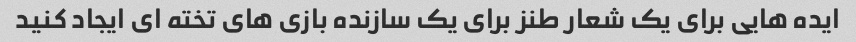
ایده هایی برای یک شعار طنز برای یک سازنده بازی های تخته ای ایجاد کنید